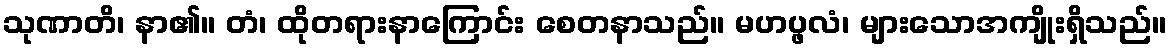
သုဏာတိ၊ နာ၏။ တံ၊ ထိုတရားနာကြောင်း စေတနာသည်။ မဟပ္ဖလံ၊ များသောအကျိုးရှိသည်။